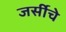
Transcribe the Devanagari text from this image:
जर्सीचे